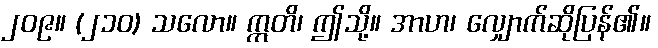
၂၀၉။ (၂၁၀) သလော။ ဣတိ၊ ဤသို့။ အာဟ၊ လျှောက်ဆိုပြန်၏။